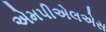
એમપીએલએસ